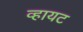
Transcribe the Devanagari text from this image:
व्हायट